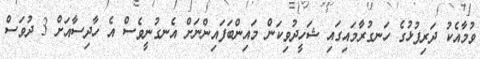
ވުމާއެކު ދަރިފުޅުގެ ހަނގުރާމައިގައި ޝަހީދުވިކަން މައިންބަފައިންނަށް އެނގުނީވެސް އެ ހާދިސާއަށް 3 ދުވަސް